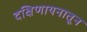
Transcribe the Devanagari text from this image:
दक्षिणायनातून